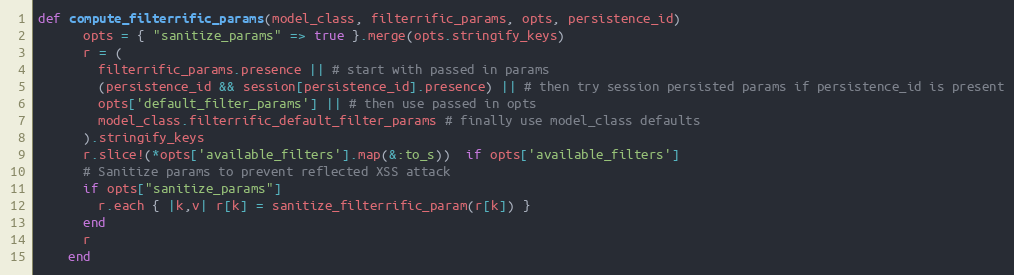
Language: Ruby
def compute_filterrific_params(model_class, filterrific_params, opts, persistence_id)
      opts = { "sanitize_params" => true }.merge(opts.stringify_keys)
      r = (
        filterrific_params.presence || # start with passed in params
        (persistence_id && session[persistence_id].presence) || # then try session persisted params if persistence_id is present
        opts['default_filter_params'] || # then use passed in opts
        model_class.filterrific_default_filter_params # finally use model_class defaults
      ).stringify_keys
      r.slice!(*opts['available_filters'].map(&:to_s))  if opts['available_filters']
      # Sanitize params to prevent reflected XSS attack
      if opts["sanitize_params"]
        r.each { |k,v| r[k] = sanitize_filterrific_param(r[k]) }
      end
      r
    end